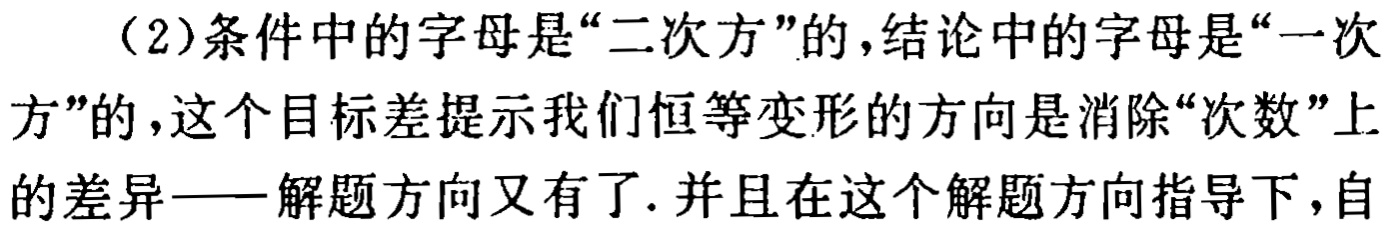
（2）条件中的字母是“二次方”的，结论中的字母是“一次方”的，这个目标差提示我们恒等变形的方向是消除“次数”上的差异——解题方向又有了. 并且在这个解题方向指导下，自